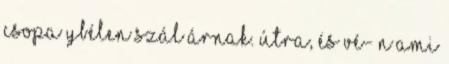
Csopa ybélen szál árnak. útra, és vé- n ami